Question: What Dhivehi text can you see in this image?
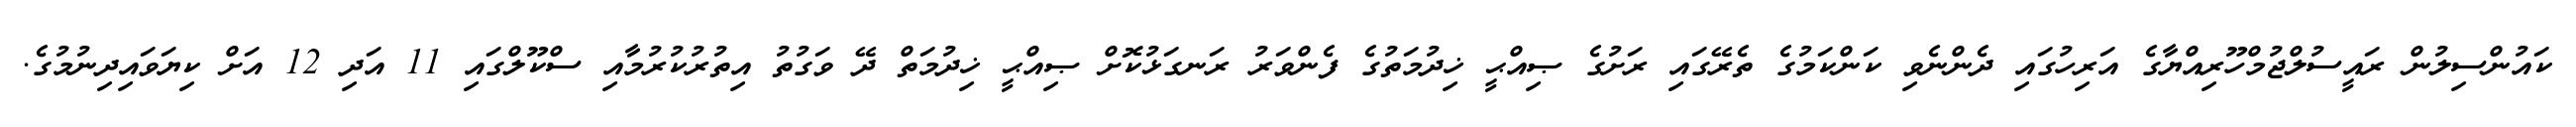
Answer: ކައުންސިލުން ރައީސުލްޖުމްހޫރިއްޔާގެ އަރިހުގައި ދެންނެވި ކަންކަމުގެ ތެރޭގައި ރަށުގެ ޞިއްޙީ ޚިދުމަތުގެ ފެންވަރު ރަނގަޅުކޮށް ޞިއްޙީ ޚިދުމަތް ދޭ ވަގުތު އިތުރުކުރުމާއި ސްކޫލްގައި 11 އަދި 12 އަށް ކިޔަވައިދިނުމުގެ.